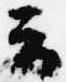
云